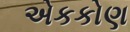
એકકોણ